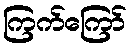
ကြက်ကြော်